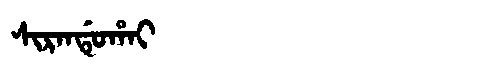
Manchu: ᠰᡳᡵᠠᠨᡩᡠᡥᠠᡳ
Romanization: SIRANDUHAI